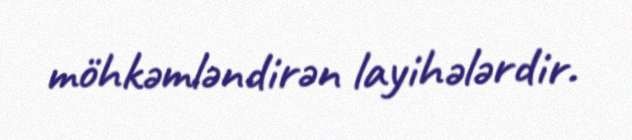
möhkəmləndirən layihələrdir.